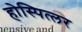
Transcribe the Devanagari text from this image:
होस्पित्लर